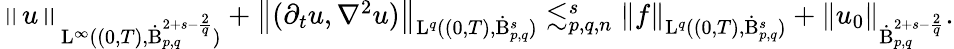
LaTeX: \begin{array}{r}{\left\lVert u\right\rVert_{\mathrm{L}^{\infty}((0,T),\dot{\mathrm{B}}_{p,q}^{2+s-\frac{2}{q}})}+\left\lVert(\partial_{t}u,\nabla^{2}u)\right\rVert_{\mathrm{L}^{q}((0,T),\dot{\mathrm{B}}_{p,q}^{s})}\lesssim_{p,q,n}^{s}\left\lVert f\right\rVert_{\mathrm{L}^{q}((0,T),\dot{\mathrm{B}}_{p,q}^{s})}+\left\lVert u_{0}\right\rVert_{\dot{\mathrm{B}}_{p,q}^{2+s-\frac{2}{q}}}.}\end{array}